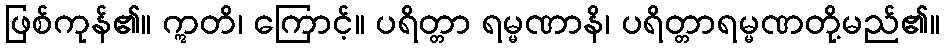
ဖြစ်ကုန်၏။ ဣတိ၊ ကြောင့်။ ပရိတ္တာ ရမ္မဏာနိ၊ ပရိတ္တာရမ္မဏတို့မည်၏။